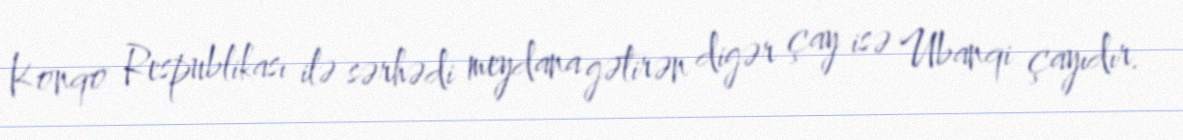
Konqo Respublikası ilə sərhədi meydana gətirən digər çay isə Ubanqi çayıdır.